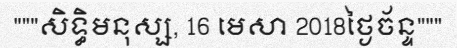
"""សិទ្ធិមនុស្ស, 16 មេសា 2018ថ្ងៃច័ន្ទ"""